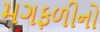
મગફળીનો